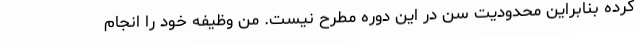
کرده بنابراین محدودیت سن در این دوره مطرح نیست. من وظیفه خود را انجام